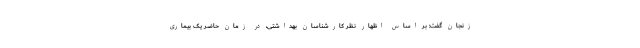
زنجان گفت: بر اساس اظهار نظر کارشناسان بهداشتی، در زمان حاضر یک بیماری